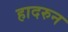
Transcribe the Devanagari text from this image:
हादरुन